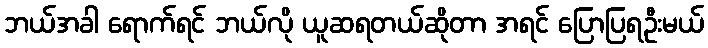
ဘယ်အခါ ရောက်ရင် ဘယ်လို ယူဆရတယ်ဆိုတာ အရင် ပြောပြရဦးမယ်